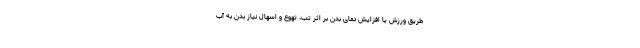
طریق ورزش یا افزایش دمای بدن بر اثر تب، تهوع و اسهال نیاز بدن به آب